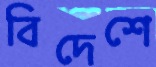
বিদেশে